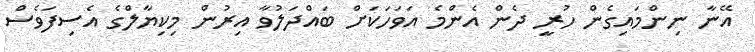
އޭނާ ނިންމައިގެން ހުރީ ދެން އެންމެ އަވަހަކަށް ބައްދަލުވާ އިރުން މިކިޔާލްގެ އެސިފަވެސް